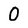
Character: O